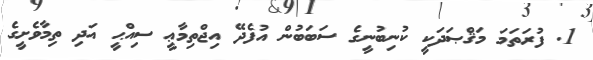
1. ފުރަތަމަ މަޤްޞަދަކީ ކުނިބުނީގެ ސަބަބުން އުފެދޭ އިޖްތިމާޢީ ސިއްޙީ އަދި ތިމާވެށީގެ